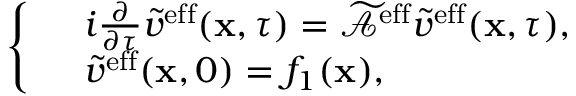
\left\{ \begin{array} { r l } & { i \frac { \partial } { \partial \tau } \tilde { v } ^ { \mathrm { e f f } } ( \mathbf { x } , \tau ) = \widetilde { \mathcal { A } } ^ { \mathrm { e f f } } \tilde { v } ^ { \mathrm { e f f } } ( \mathbf { x } , \tau ) , } \\ & { \tilde { v } ^ { \mathrm { e f f } } ( \mathbf { x } , 0 ) = f _ { 1 } ( \mathbf { x } ) , } \end{array} \right.